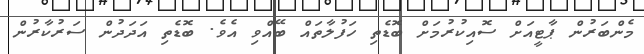
މެންބަރުން ޕާޓީއަށް ސޮއިކުރުމަށް ބޮޑެތި ހަފުލާތައް ބޭއްވި އެވެ. ބޮޑެތި އަދަދުން ސަރުކާރުން